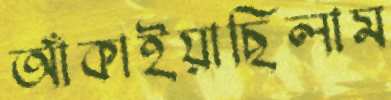
আঁকাইয়াছিলাম